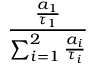
\frac { \frac { a _ { 1 } } { \tau _ { 1 } } } { \sum _ { i = 1 } ^ { 2 } \frac { a _ { i } } { \tau _ { i } } }